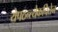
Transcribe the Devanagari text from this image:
येपठन्त्येकचित्तेन